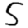
Digit: 5